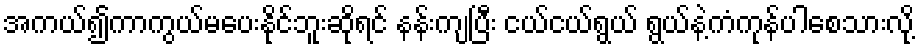
အကယ်၍ကာကွယ်မပေးနိုင်ဘူးဆိုရင် နန်းကျပြီး ငယ်ငယ်ရွယ် ရွယ်နဲ့ကံကုန်ပါစေသားလို့